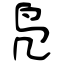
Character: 凫